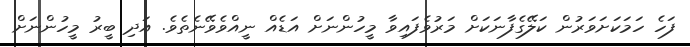
ފަހެ ހަމަކަށަވަރުން ކަލޭގެފާނަކަށް މަރުވެފައިވާ މީހުންނަށް އަޑެއް ނީއްވެވޭނެތެވެ. އަދި ބީރު މީހުންނަށް